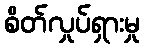
စိတ်လှုပ်ရှားမှု